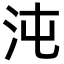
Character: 沌